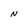
Character: N